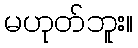
မဟုတ်ဘူး။